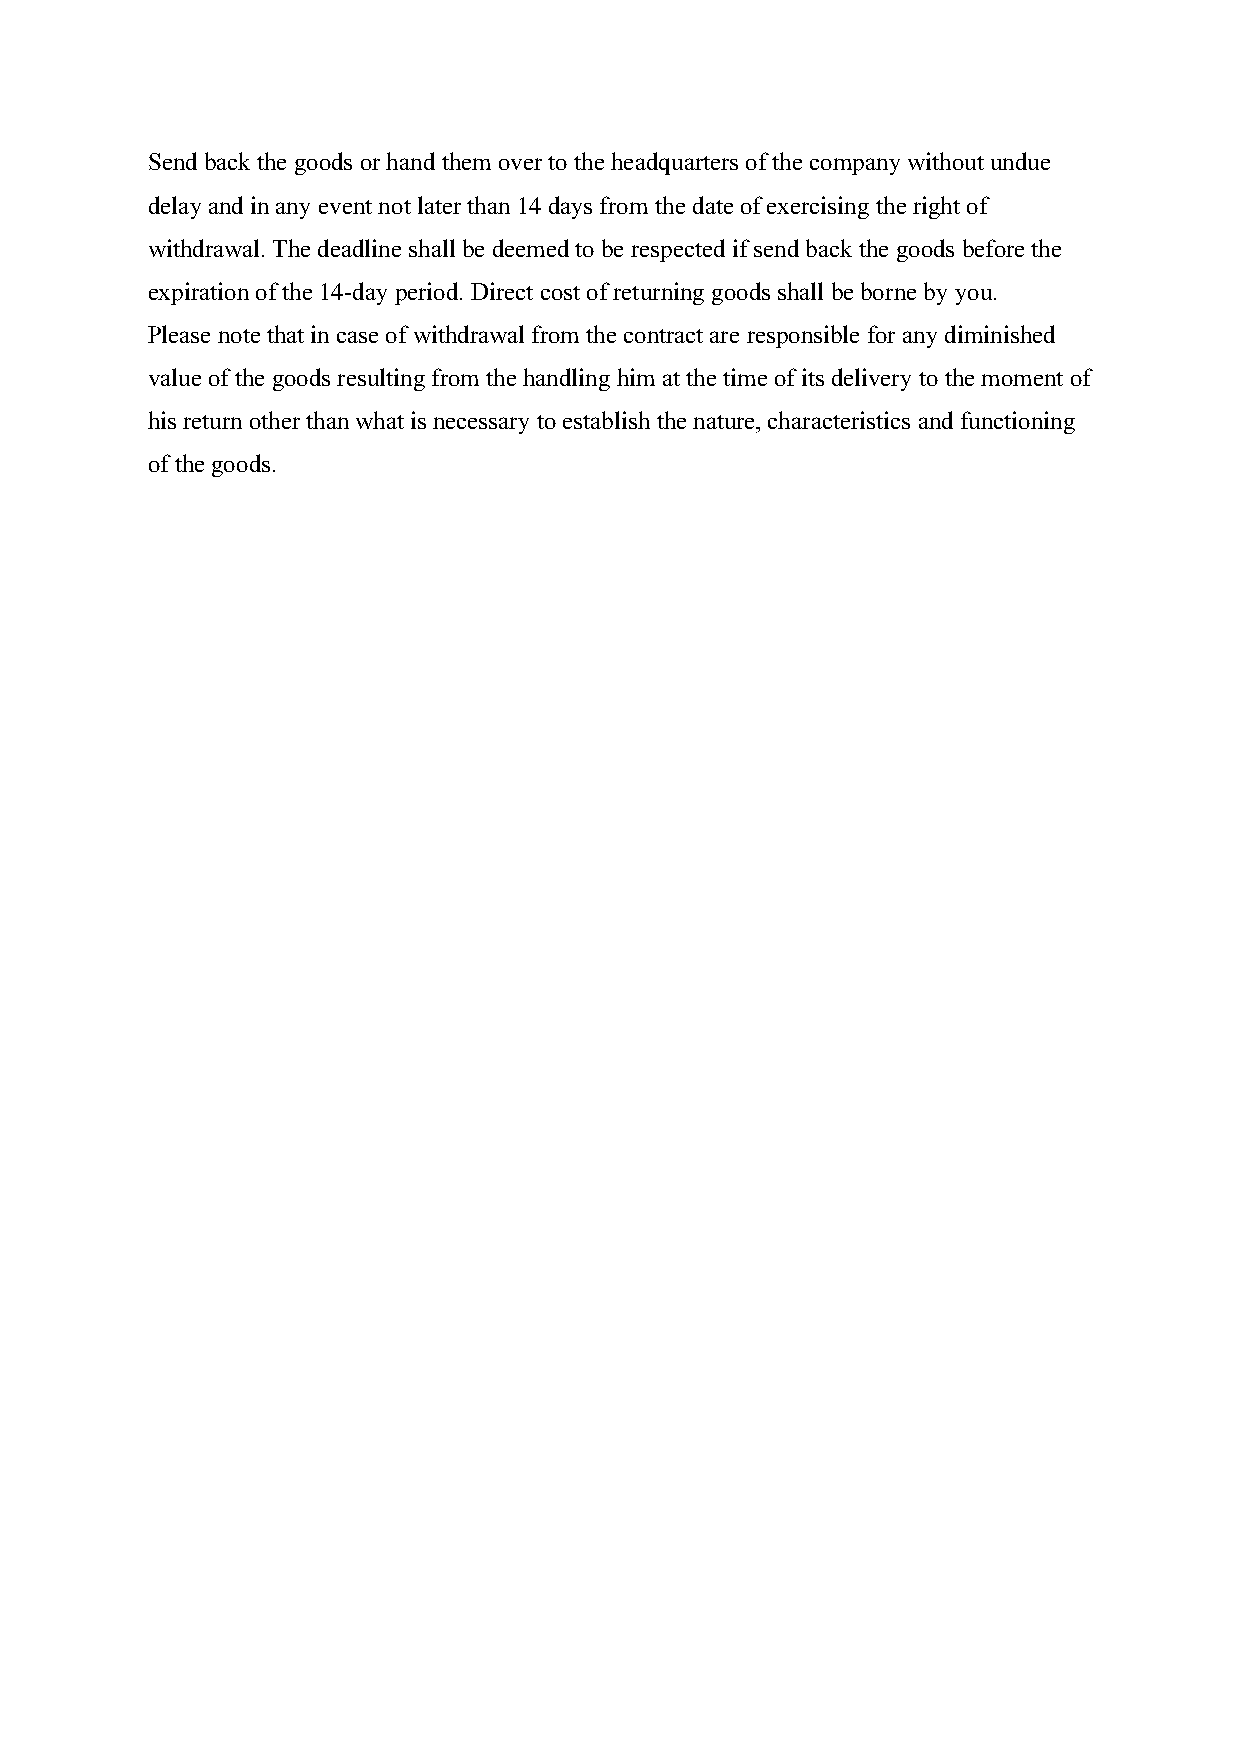
Send back the goods or hand them over to the headquarters of the company without undue
 delay and in any event not later than 14 days from the date of exercising the right of
 withdrawal. The deadline shall be deemed to be respected if send back the goods before the
 expiration of the 14-day period. Direct cost of returning goods shall be borne by you.
 Please note that in case of withdrawal from the contract are responsible for any diminished
 value of the goods resulting from the handling him at the time of its delivery to the moment of
 his return other than what is necessary to establish the nature, characteristics and functioning
 of the goods.